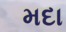
મદા